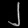
Digit: ၂